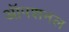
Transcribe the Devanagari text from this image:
ऑपशनल